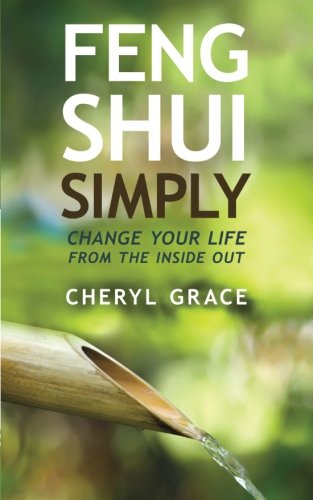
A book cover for Feng Shui Simply: Change Your Life From the Inside Out; Cheryl Grace; Religion & Spirituality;